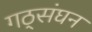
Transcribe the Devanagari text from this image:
गठ्संघन